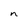
Character: n